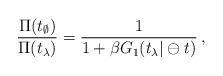
LaTeX: \begin{align*}\frac{\Pi (t_{\emptyset })}{\Pi (t_{\lambda })}=\frac{1}{1+\beta G_1(t_{\lambda }|\ominus t)}\,,\end{align*}